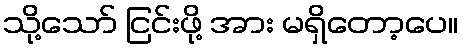
သို့သော် ငြင်းဖို့ အား မရှိတော့ပေ။